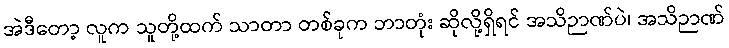
အဲဒီတော့ လူက သူတို့ထက် သာတာ တစ်ခုက ဘာတုံး ဆိုလို့ရှိရင် အသိဉာဏ်ပဲ၊ အသိဉာဏ်